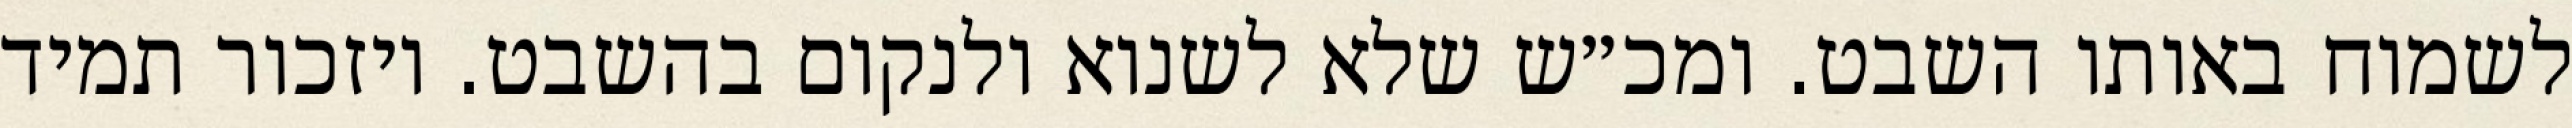
לשמוח באותו השבט. ומכ״ש שלא לשנוא ולנקום בהשבט. ויזכור תמיד